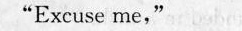
"Excuse me,"